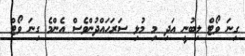
ގިނަ ވޯޓް ލިބުނީ އަދި މި މުޅި ސަރަހައްދުންވެސް އެންމެ ގިނަ ވޯޓް